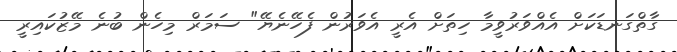
ގާތްގަނޑަކަށް އެއްވަރުވީމާ ހިތަށް އެރީ އެވަރުން ފެހޭނެޔޭ" ސަމަރް މިހެން ބުނެ މޭޒުކައިރީ